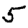
Digit: 5